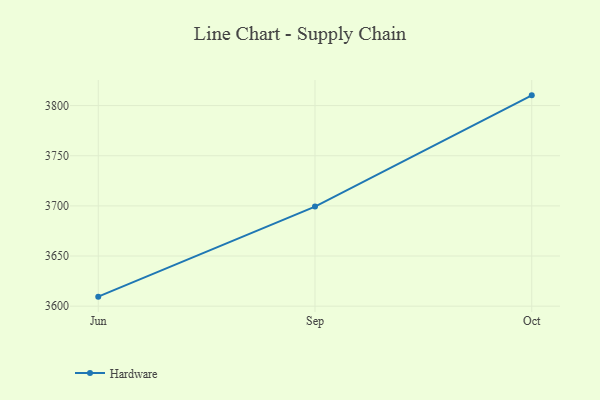
{"axis": {"x": "Month", "y": "LTV (USD)"}, "legend": ["Hardware"], "data": [{"x": "Jun", "y": 3609.5, "type": "Hardware"}, {"x": "Sep", "y": 3699.3, "type": "Hardware"}, {"x": "Oct", "y": 3810.2, "type": "Hardware"}]}